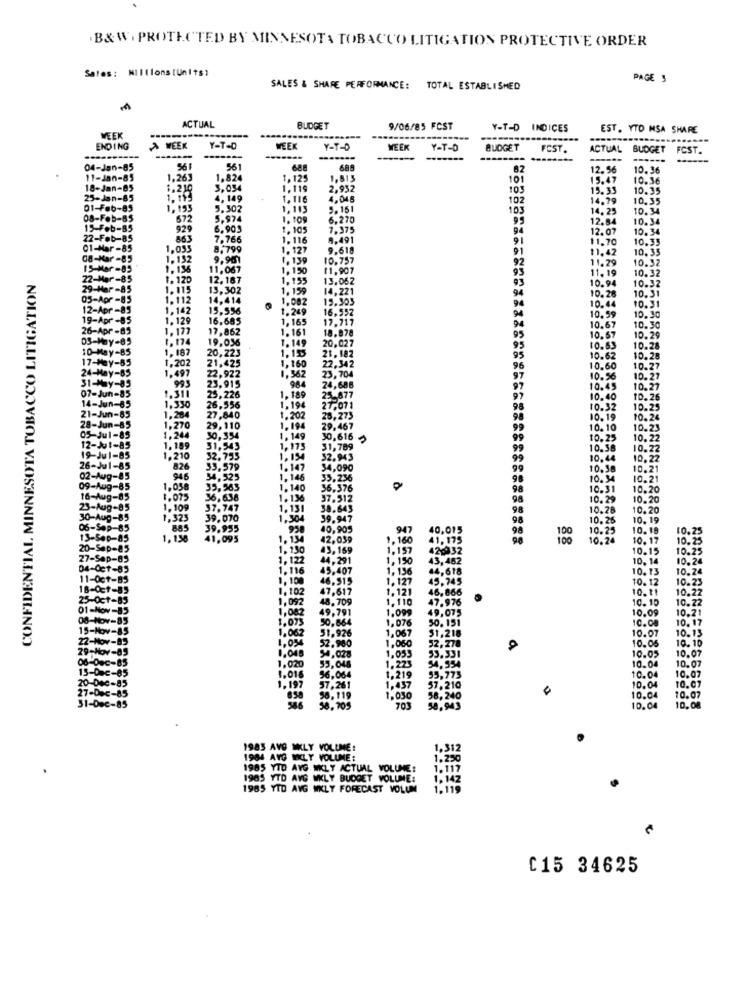
B& W. PROTECTED BY MINNESOTA TOBACCO LITIGATION PROTECTIVE ORDER
Sales: MIIllons [Units)
PAGE 5
SALES & SHARE PERFORMANCE: TOTAL ESTABLISHED
ACTUAL
BUDGET
9/06/85 FCST
Y-T-D INDICES
EST. YTD MSA SHARE
WEEK
ENDING
A WEEK
Y-T-D
WEEK
Y-T-D
WEEK
Y-T-D
BUDGET
FCST.
ACTUAL BUDGET
FCST.
---------
---
04-Jan-85
56
561
68
12.56
10.36
11-Jan-85
1,263
1.824
1. 125
1,513
101
15.47
10.36
18-Jan-05
1.210
3,034
1.119
2,932
10
15.33
10.35
25-Jan-85
1. 115
4,149
1, 116
4,048
102
14,79
10.35
01-Feb-85
1,153
5.302
1,113
5.161
103
14.25
10.34
08-Feb-85
672
5,974
1.109
6.270
95
12.84
10.34
15-Feb-BS
929
6,903
1.105
7.375
94
12.07
10.34
22-Feb-85
863
7.766
1.116
9.491
91
$1.70
10.35
01-Mar-85
1.033
8,799
1. 127
9.618
91
11,42
10.33
08-Mar -85
1.132
9,901
1. 139
10.737
92
11.29
10.32
15-Mar-85
1, 156
11.067
1.150
11,907
93
11,19
10.32
CONFIDENTIAL MINNESOTA TOBACCO LITIGATION
22-Mar-85
1. 120
12. 187
1.155
13.062
93
10.94
Mar -85
1. 115
13,302
1.159
14,221
94
10.32
10.31
05-Apr -85
1. 112
14,414
1.082
19.303
94
12-Apr-85
1,142
15,556
1.249
16,552
94
10.44
10.31
19-Apr -85
1.129
16.685
1,165
17.717
94
10.30
6-Apr -85
1.177
17,862
1.161
18.078
95
10.67
10.30
03-May-85
1. 174
19,036
20.027
10.67
10.29
10-May-85
1. 187
1.149
1,155
95
$0.63
10.28
-85
20,223
21. 182
22.342
95
10.28
V-85
1.202
21,425
1,160
96
10.27
31-May-85
1,497
22,922
1.362
984
23,704
9
10.27
07-Jun-85
993
23, 915
24,686
97
10.27
14-Jun-65
1.311
25, 226
1. 189
25-877
97
10.26
21-Jun-85
1,330
26,556
1.194
27.071
28
10.32
10.25
1,284
27,840
1.202
28,273
98
10.19
10.24
1,270
29, 110
1.194
29,467
99
10.10
10.23
1,204
30,354
1, 149
30,616
10.25
10.22
1,189
31.543
1,175
31,789
99
10.38
10.22
1,210
32.755
1.154
32.943
10,44
10.22
826
33,579
1.147
34,090
10.38
10.21
946
34,525
1, 146
35.236
98
10.34
10.21
1,038
33.363
1.140
36.376
98
10.31
10.20
1.075
36,638
1.136
37.512
10.29
10.20
1.109
37.747
1.131
38.643
98
10.28
10.20
1,323
39,070
1,304
39.947
98
10.26
10, 19
39.955
958
40,905
947
40,015
98
10.25
10.18
10.25
1.18
41,095
1. 134
42.059
1,160
41. 175
98
88
10.24
10. 17
10.25
1.150
43,159
1,157
420032
10.15
10.25
1. 122
44,291
1. 130
43,482
10. 14
10.24
1.116
45,407
1,136
44,618
10.13
10.24
1. 100
46,515
1. 127
49,745
10. 12
10.23
1.102
47,617
1.121
46,866
10. 11
10.22
1.092
48,709
1. 110
47.976
10.10
10.22
49,791
1.099
49.075
1,002
1,075
50,664
1.076
50. 151
10.09
10.21
1.062
51,926
1.067
$1,218
10.08
10. 17
10.13
1,060
10.07
1.03
1.048
52.960
1.053
32,278
10.05
10.10
10.07
54,028
1.223
53.331
54.954
10.05
10.07
1,020
55,048
10.04
1.016
56,064
1,219
55,773
10.04
10.07
1.197
57,261
1.437
57.210
10.04
10.07
50, 119
1.030
58,240
10.04
10.07
58.705
703
58,943
10.04
10.08
1983 AVG MELY VOLUME:
1.312
1984 AVG WKLY VOLUME:
1.250
1985 YTD AVG WKLY ACTUAL VOLUME:
1.117
1985 YTD AVG WKLY BUDGET VOLUME:
1. 142
1985 YTD AVG WKLY FORECAST VOLUM
1.119
C15 34625